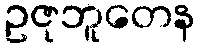
ဥဇုဘူတေန